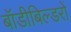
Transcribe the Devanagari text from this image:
बॉडीबिल्डरों